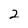
Character: 2